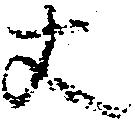
丈